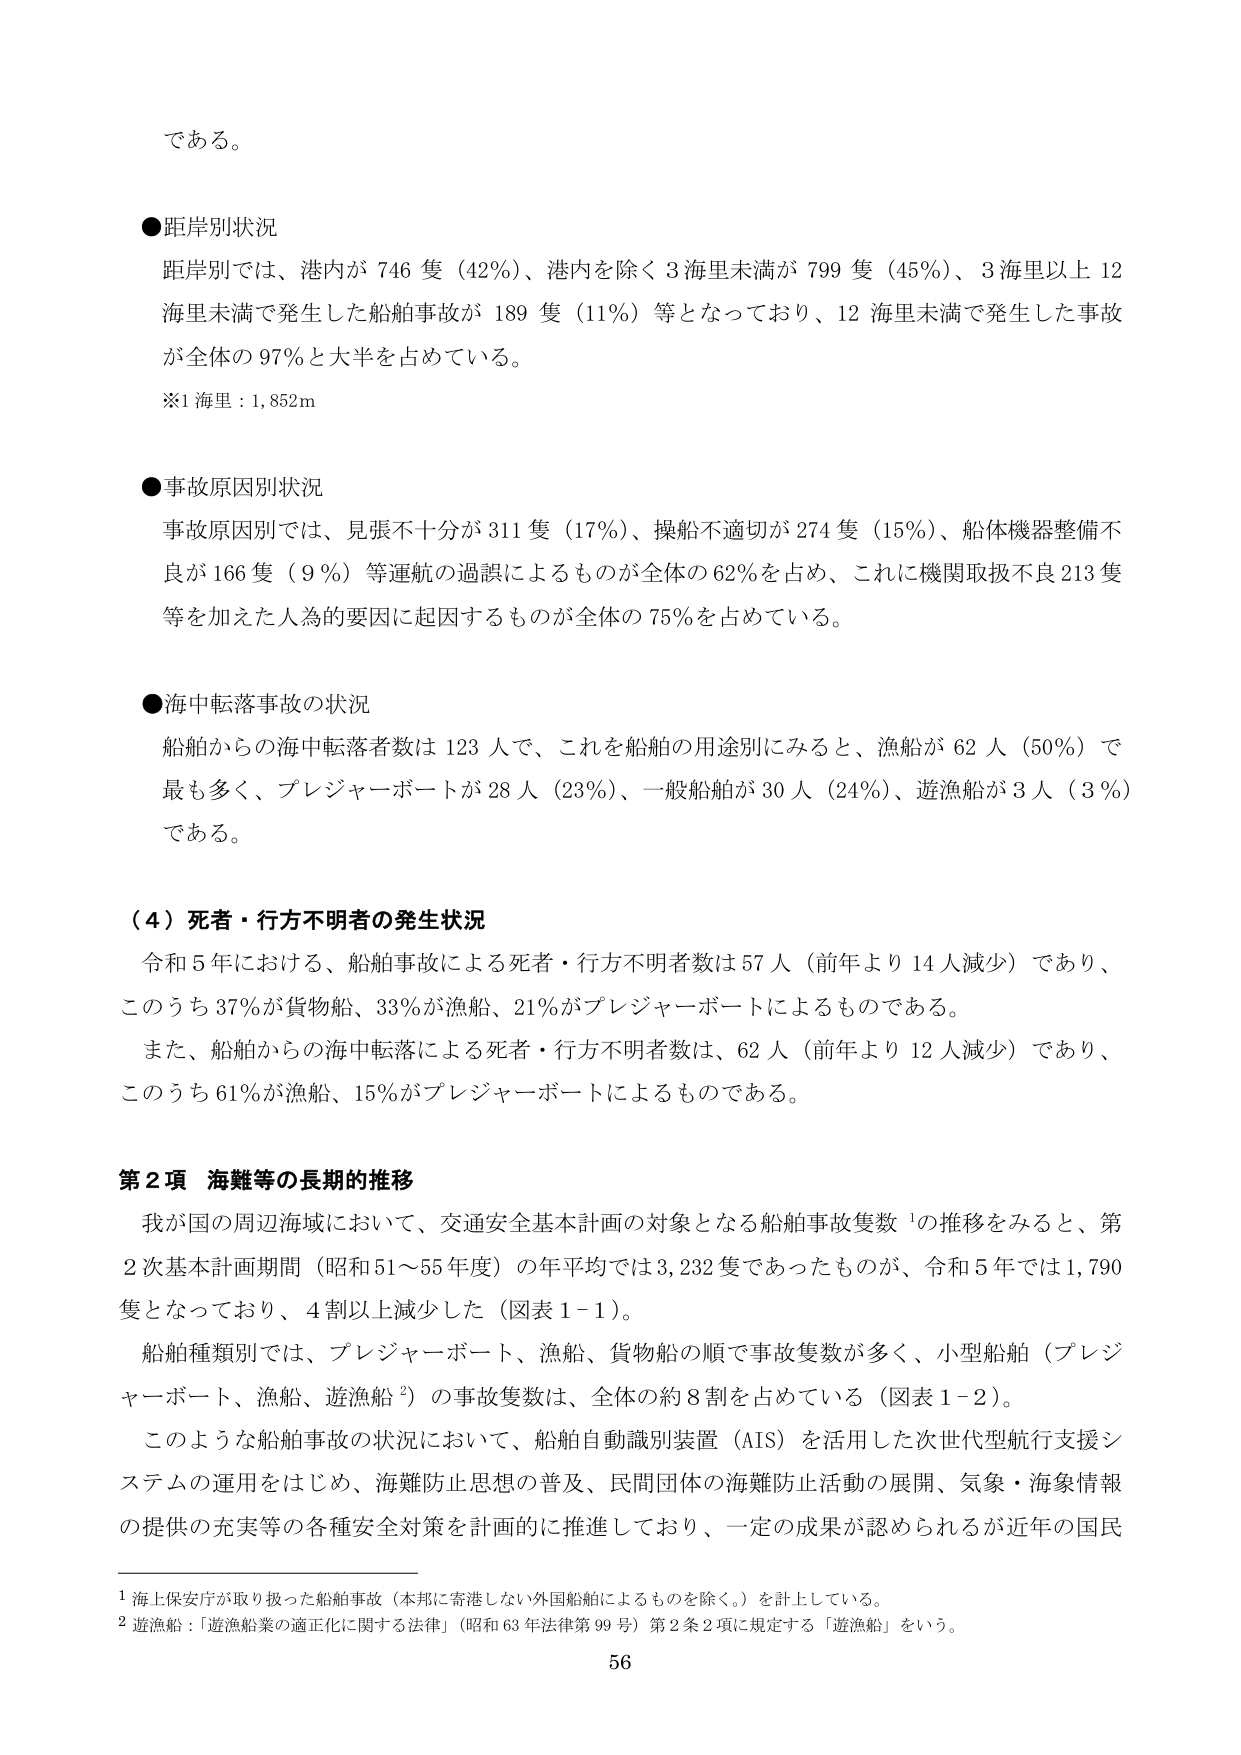
である。

●距岸別状況
距岸別では、港内が 746 隻（42％）、港内を除く 3 海里未満が 799 隻（45％）、3 海里以上 12
海里未満で発生した船舶事故が 189 隻（11％）等となっており、12 海里未満で発生した事故
が全体の 97％と大半を占めている。
※1 海里：1,852m

●事故原因別状況
事故原因別では、見張不十分が 311 隻（17％）、操船不適切が 274 隻（15％）、船体機器整備不
良が 166 隻（9％）等運航の過誤によるものが全体の 62％を占め、これに機関取扱不良 213 隻
等を加えた人為的要因に起因するものが全体の 75％を占めている。

●海中転落事故の状況
船舶からの海中転落者数は 123 人で、これを船舶の用途別にみると、漁船が 62 人（50％）で
最も多く、プレジャーボートが 28 人（23％）、一般船舶が 30 人（24％）、遊漁船が 3 人（3％）
である。

（4）死者・行方不明者の発生状況
令和 5 年における、船舶事故による死者・行方不明者数は 57 人（前年より 14 人減少）であり、
このうち 37％が貨物船、33％が漁船、21％がプレジャーボートによるものである。
また、船舶からの海中転落による死者・行方不明者数は、62 人（前年より 12 人減少）であり、
このうち 61％が漁船、15％がプレジャーボートによるものである。

第 2 項 海難等の長期的推移
我が国の周辺海域において、交通安全基本計画の対象となる船舶事故隻数¹の推移をみると、第
2 次基本計画期間（昭和 51～55 年度）の年平均では 3,232 隻であったものが、令和 5 年では 1,790
隻となっており、4 割以上減少した（図表 1-1）。
船舶種類別では、プレジャーボート、漁船、貨物船の順で事故隻数が多く、小型船舶（プレジ
ャーボート、漁船、遊漁船²）の事故隻数は、全体の約 8 割を占めている（図表 1-2）。
このような船舶事故の状況において、船舶自動識別装置（AIS）を活用した次世代型航行支援シ
ステムの運用をはじめ、海難防止思想の普及、民間団体の海難防止活動の展開、気象・海象情報
の提供の充実等の各種安全対策を計画的に推進しており、一定の成果が認められるが近年の国民

¹ 海上保安庁が取り扱った船舶事故（本邦に寄港しない外国船舶によるものを除く。）を計上している。
² 遊漁船：「遊漁船業の適正化に関する法律」（昭和 63 年法律第 99 号）第 2 条 2 項に規定する「遊漁船」をいう。

56